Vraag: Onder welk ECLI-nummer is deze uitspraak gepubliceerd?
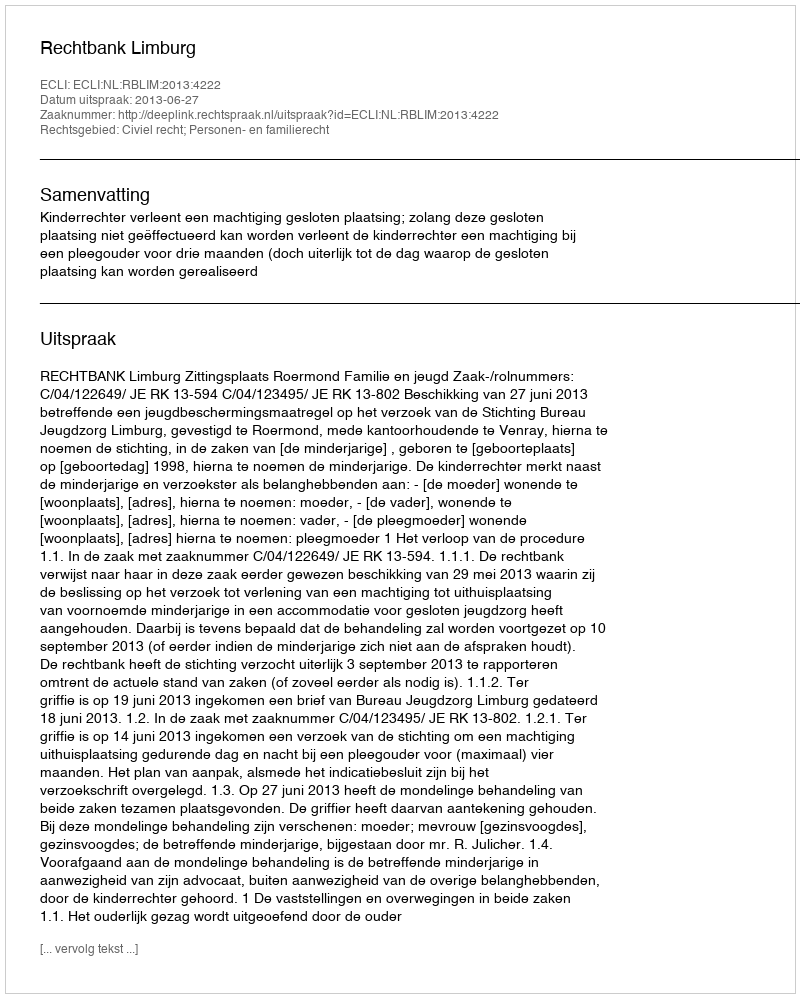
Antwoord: ECLI:NL:RBLIM:2013:4222